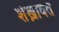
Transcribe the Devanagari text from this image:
शेख़ावत